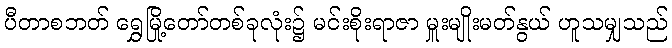
ပီတာစဘတ် ရွှေမြို့တော်တစ်ခုလုံး၌ မင်းစိုးရာဇာ မှူးမျိုးမတ်နွယ် ဟူသမျှသည်